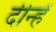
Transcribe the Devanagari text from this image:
दीन्‍हें